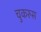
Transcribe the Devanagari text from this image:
चुकरुस